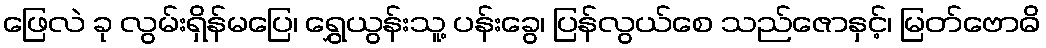
ဖြေလဲ ခု လွမ်းရှိန်မပြေ၊ ရွှေယွန်းသူ့ ပန်းခွေ၊ ပြန်လွယ်စေ သည်ဇောနှင့်၊ မြတ်ဗောဓိ